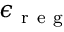
\epsilon _ { \mathrm { ~ r ~ e ~ g ~ } }